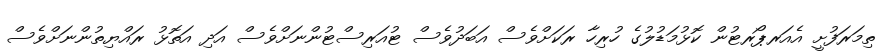
ތިމަރަފުށީ އެއަރޕޯރޓުން ކޮޅުމަޑުލުގެ ހުރިހާ ރަކަށްވެސް އަބަދުވެސް ޓުއަރިސްޓުންނަށްވެސް އަދި އަތޮޅު ރައްޔިތުންނަށްވެސް